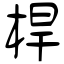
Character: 桿